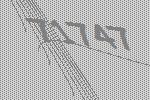
71747